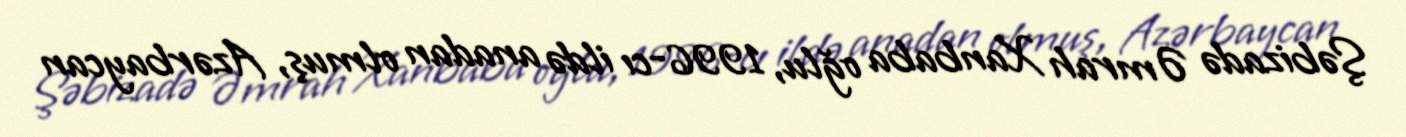
Şəbizadə Əmrah Xanbaba oğlu, 1996-cı ildə anadan olmuş, Azərbaycan